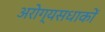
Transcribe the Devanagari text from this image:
अरोग्यसधाकों